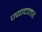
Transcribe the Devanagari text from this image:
ज्यादातार